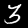
Label: 3